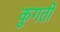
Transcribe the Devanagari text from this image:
कुगती